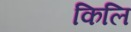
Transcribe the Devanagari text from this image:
किलि